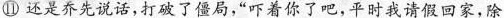
⑪ 还是乔先说话，打破了僵局，“吓着你了吧，平时我请假回家，除